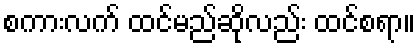
စကားလက် ထင်မည်ဆိုလည်း ထင်စရာ။